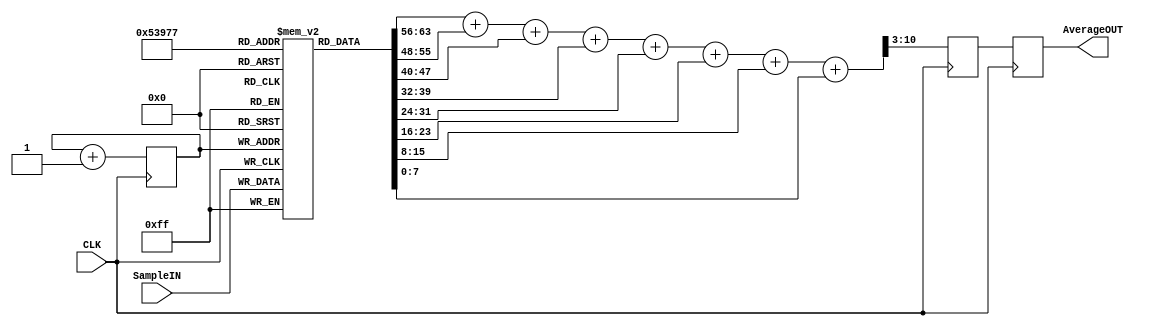
`timescale 1ns / 1ps
//////////////////////////////////////////////////////////////////////////////////
// Company: 
// Engineer: 
// 
// Design Name: 
// Module Name:    Average8 
// Project Name: 
// Target Devices: 
// Tool versions: 
// Description: Averages 8 times
//
// Dependencies: 
//
// Revision: 
// Revision 0.01 - File Created
// Additional Comments: 
//
//////////////////////////////////////////////////////////////////////////////////
module Average8(
    input CLK,
    input [7:0] SampleIN,
    output [7:0] AverageOUT
    );

	 // hold the 8 averages
	 reg [7:0] Average [7:0];
	 reg [7:0] AverageOUT_;
	 reg [2:0] AvgIndex;
	 reg [10:0] Adder;
	 // averages all values

	 initial begin
		Adder = 0;
		AvgIndex = 0;
		repeat(8) begin // reset data
			Average[AvgIndex] = 0;
			AvgIndex = AvgIndex+1;
		end
		AvgIndex = 0;
	 end

	 assign AverageOUT = AverageOUT_;
	 // take in values
	 always @ (posedge CLK) begin
		// add this value to the set
		Average[AvgIndex] <= SampleIN;
		AvgIndex <= AvgIndex+1;
		
		Adder <= (Average[0]+Average[1]+Average[2]+Average[3]+
					Average[4]+Average[5]+Average[6]+Average[7]) >> 3;
		AverageOUT_ <= Adder;
	 end

endmodule